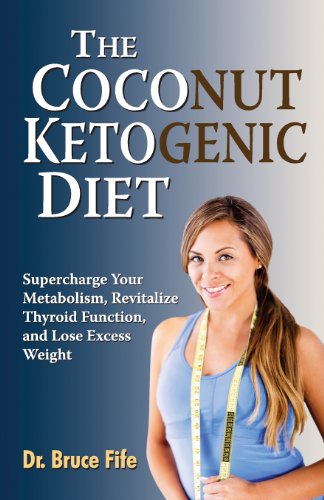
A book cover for The Coconut Ketogenic Diet: Supercharge Your Metabolism, Revitalize Thyroid Function and Lose Excess Weight; Bruce Fife; Medical Books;